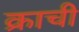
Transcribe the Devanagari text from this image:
क्राची